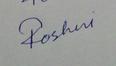
Signature authenticity: forged